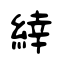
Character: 緈